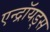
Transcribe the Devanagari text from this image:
एन्द्रॉयड्स